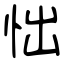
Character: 㤕